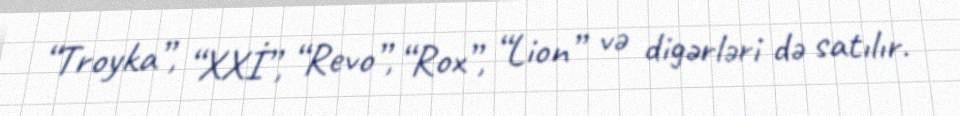
“Troyka”, “XXİ”, “Revo”, “Rox”, “Lion” və digərləri də satılır.